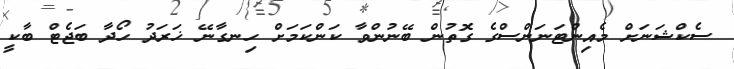
ސެކްޝަނަށް މެއިންޓަނަންސްގެ ގޮތުން ބޭނުންވާ ކަންކަމަށް ހިނގާނޭ ޚަރަދު ހޯދާ ބަޖެޓް ބާކީ